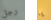
رجل يا